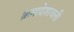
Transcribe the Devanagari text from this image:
क्रमादेशावली